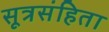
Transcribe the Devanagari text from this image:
सूत्रसंहिता